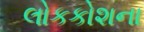
લોકકોશના